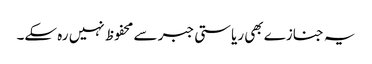
یہ جنازے بھی ریاستی جبر سے محفوظ نہیں رہ سکے۔